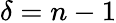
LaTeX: \delta=n-1